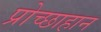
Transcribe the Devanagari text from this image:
प्रोच्छाहान